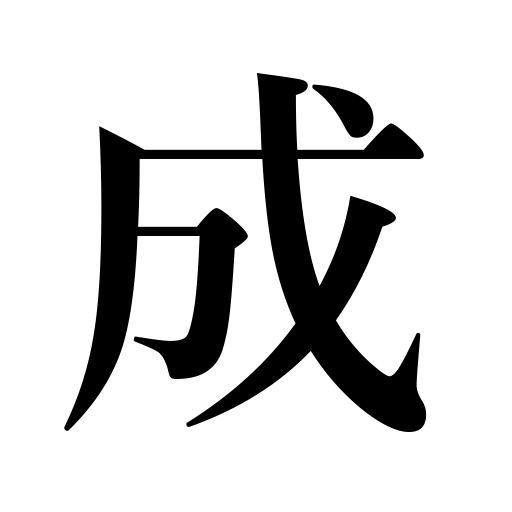
Meanings: come time or seasons,set in,bear,stand,do,amount to,form a part of,form,play the part of,get or grow old,be accomplished,accomplish,become,consist of,perform,be promoted,result in,be reduced to,be pleased to,reach a certain age,prove fatal,turn into,elapse,make